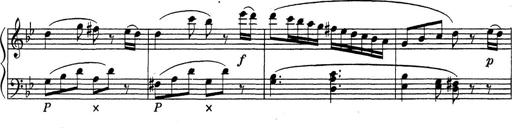
Title: ÄŒeskÃ© Sonatiny
Composer: Various